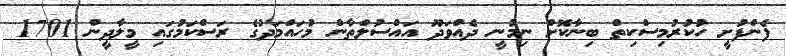
ފެންފުށީ ހުކުރުމިސްކިތް ބިނާކޮށް ނިމުނީ ދެއްވަދޫ އައްސުލްތާން މުހައްމަދުގެ ރަސްކަމުގައި މީލާދީން 1701